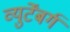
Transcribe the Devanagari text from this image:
व्युर्टेंबर्ग